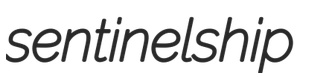
sentinelship